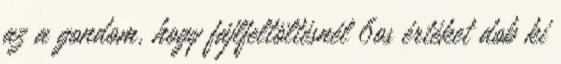
az a gondom, hogy fájlfeltöltésnél 6os értéket dob ki